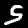
Label: 5